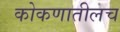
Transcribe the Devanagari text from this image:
कोकणातीलच